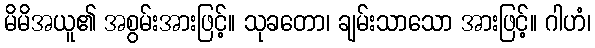
မိမိအယူ၏ အစွမ်းအားဖြင့်။ သုခတော၊ ချမ်းသာသော အားဖြင့်။ ဂါဟံ၊